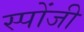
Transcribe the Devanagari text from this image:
स्पोंजी